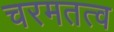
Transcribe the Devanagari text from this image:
चरमतत्व